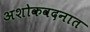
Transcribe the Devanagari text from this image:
अशोकवदनात